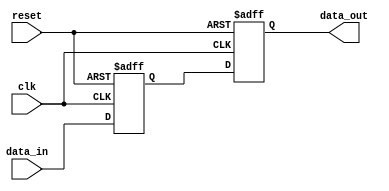
module two_flop_synchronizer (
    input wire clk,
    input wire reset,
    input wire data_in,
    output reg data_out
);

reg dff1_out;

// First D flip-flop capturing incoming signal on rising edge of clock
always @(posedge clk or posedge reset) begin
    if (reset) begin
        dff1_out <= 1'b0;
    end else begin
        dff1_out <= data_in;
    end
end

// Second D flip-flop sampling output of first flip-flop on next rising edge of clock
always @(posedge clk or posedge reset) begin
    if (reset) begin
        data_out <= 1'b0;
    end else begin
        data_out <= dff1_out;
    end
end

endmodule